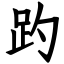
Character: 趵